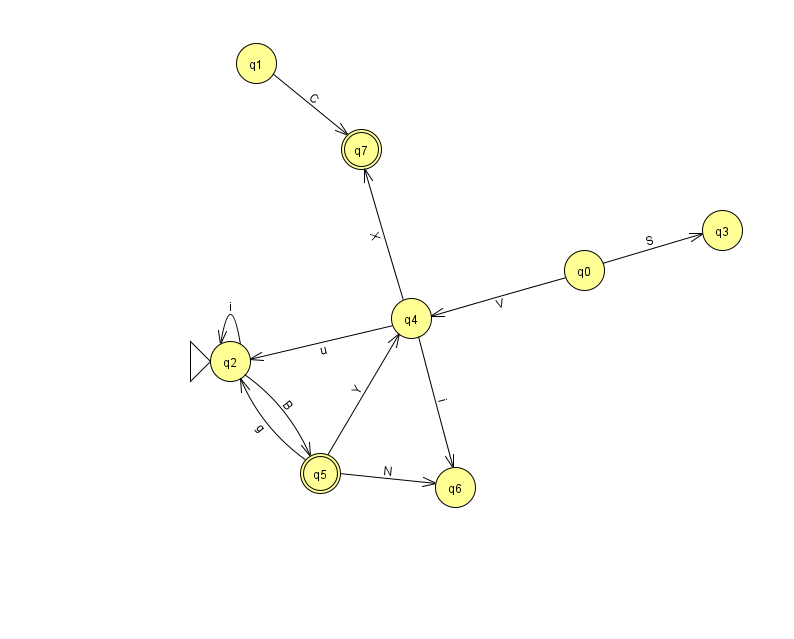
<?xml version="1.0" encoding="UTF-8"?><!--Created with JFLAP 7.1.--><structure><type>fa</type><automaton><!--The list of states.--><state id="0" name="q0"><x>584.0</x><y>257.0</y></state><state id="1" name="q1"><x>256.0</x><y>50.0</y></state><state id="2" name="q2"><x>230.0</x><y>348.0</y><initial/></state><state id="3" name="q3"><x>722.0</x><y>217.0</y></state><state id="4" name="q4"><x>411.0</x><y>305.0</y></state><state id="5" name="q5"><x>320.0</x><y>460.0</y><final/></state><state id="6" name="q6"><x>455.0</x><y>474.0</y></state><state id="7" name="q7"><x>361.0</x><y>136.0</y><final/></state><!--The list of transitions.--><transition><from>5</from><to>6</to><read>N</read></transition><transition><from>0</from><to>4</to><read>V</read></transition><transition><from>0</from><to>3</to><read>S</read></transition><transition><from>4</from><to>7</to><read>X</read></transition><transition><from>4</from><to>6</to><read>i</read></transition><transition><from>1</from><to>7</to><read>C</read></transition><transition><from>2</from><to>2</to><read>i</read></transition><transition><from>5</from><to>2</to><read>g</read></transition><transition><from>5</from><to>4</to><read>Y</read></transition><transition><from>4</from><to>2</to><read>u</read></transition><transition><from>2</from><to>5</to><read>B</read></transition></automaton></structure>